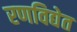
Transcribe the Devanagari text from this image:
रणविद्येत